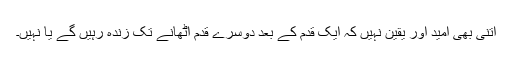
اتنی بھی امید اور یقین نہیں کہ ایک قدم کے بعد دوسرے قدم اُٹھانے تک زندہ رہیں گے یا نہیں۔